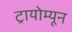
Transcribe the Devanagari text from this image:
ट्रायोम्यून